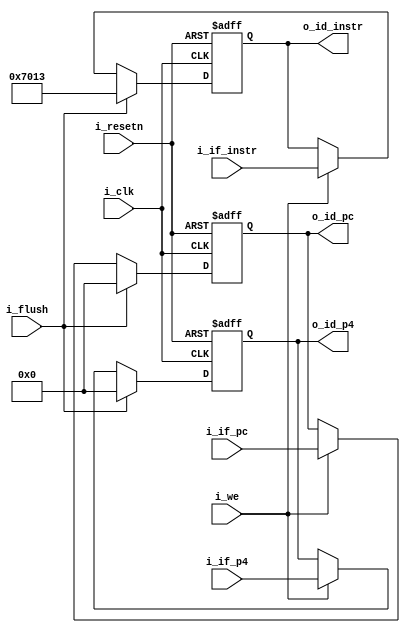
module if_id_reg(
    input  wire i_clk, i_resetn, i_we, i_flush,
    input  wire [31:0] i_if_p4, i_if_pc, i_if_instr,
    output reg  [31:0] o_id_p4, o_id_pc, 
    output reg [31:0] o_id_instr
);

    reg [31:0] id_instr;

    always @(posedge i_clk or negedge i_resetn)
    begin
        if(!i_resetn)
        begin
            o_id_p4    <= 'b0;
            o_id_pc    <= 'b0;
            o_id_instr <= 'b0;
        end

        else if (i_flush)
        begin
            o_id_p4    <= 'b0;
            o_id_pc    <= 'b0; 
            o_id_instr <= 32'h00007013; // andi x0, x0, 0
        end

        else
        begin
            if(i_we)
            begin
                o_id_p4    <= i_if_p4;
                o_id_pc    <= i_if_pc;
                o_id_instr <= i_if_instr;
            end
        end
    end

    // assign o_id_instr = (i_flush) ? 32'h00007013 : id_instr; // if flush -> andi x0, x0, 0 | else -> id instr gets if instr

endmodule